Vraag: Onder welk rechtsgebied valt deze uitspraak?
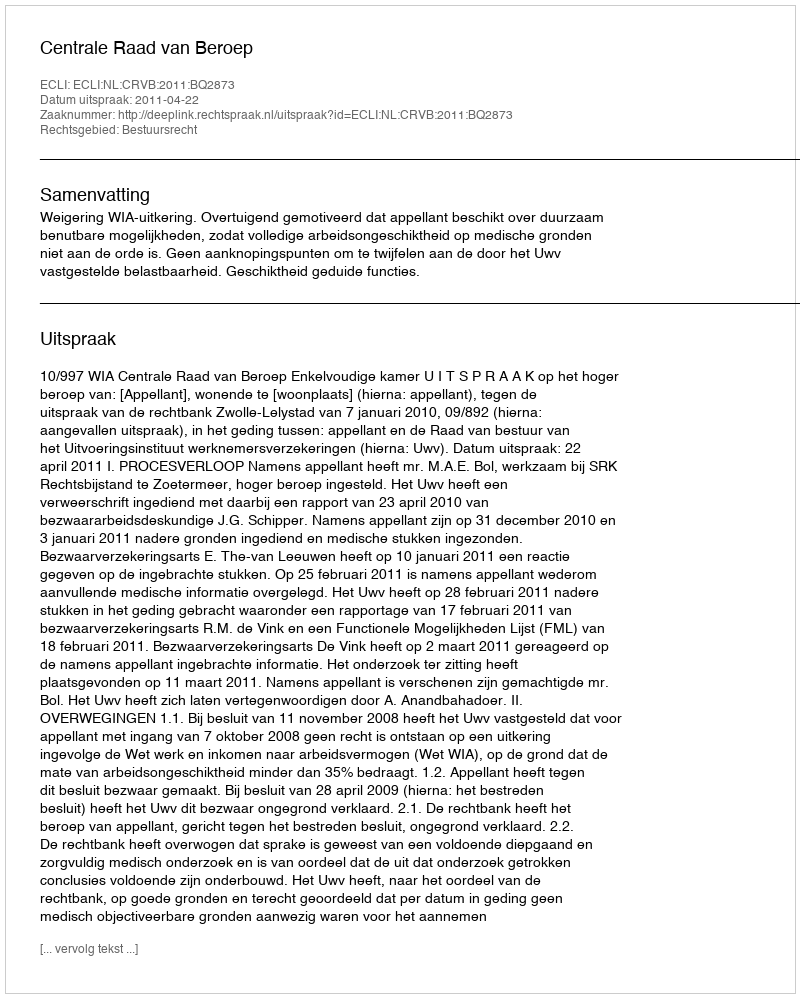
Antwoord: Bestuursrecht